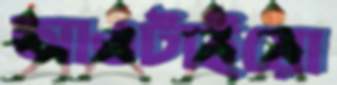
আওটাইয়ো